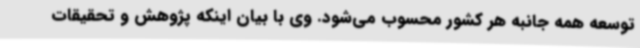
توسعه همه جانبه هر کشور محسوب می‌شود. وی با بیان اینکه پژوهش و تحقیقات